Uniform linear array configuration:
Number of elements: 24
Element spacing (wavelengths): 0.25
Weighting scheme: hamming
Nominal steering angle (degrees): -30
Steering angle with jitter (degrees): -28.912
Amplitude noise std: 0.05
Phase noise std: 0.05

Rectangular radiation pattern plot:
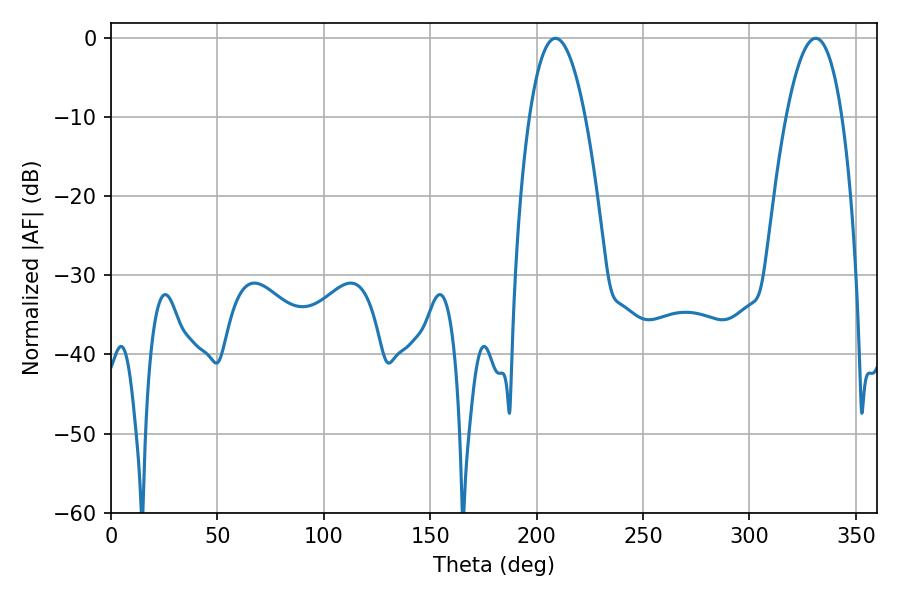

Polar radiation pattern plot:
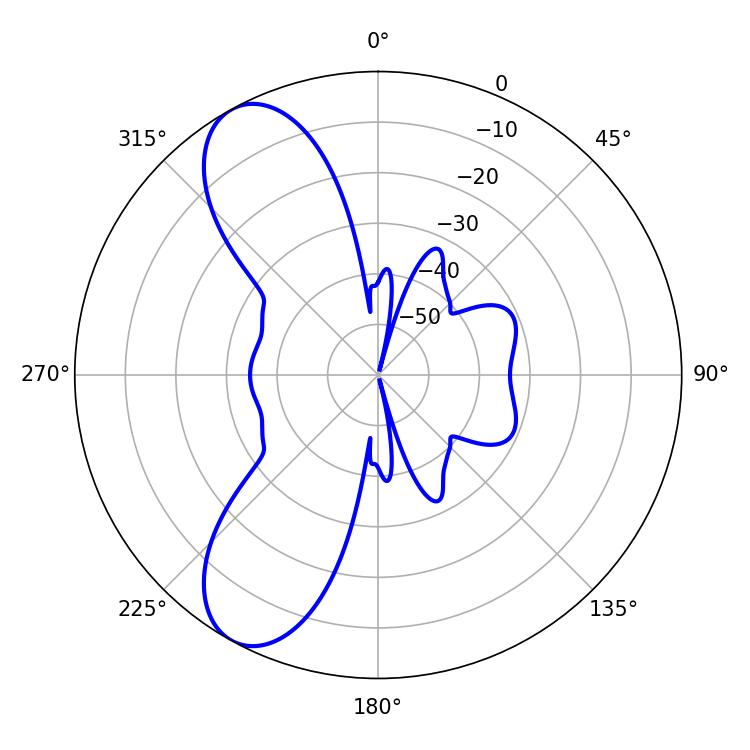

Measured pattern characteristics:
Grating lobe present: FALSE
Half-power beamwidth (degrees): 14.4
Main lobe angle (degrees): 208.8